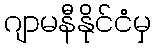
ဂျာမနီနိုင်ငံမှ